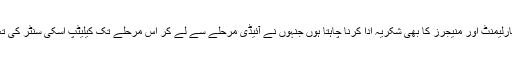
میں اپنے ممبران پارلیمنٹ اور منیجرز کا بھی شکریہ ادا کرنا چاہتا ہوں جنہوں نے آئیڈی مرحلے سے لے کر اس مرحلے تک کیلیٹپ اسکی سنٹر کی تعمیر میں حصہ لیا۔